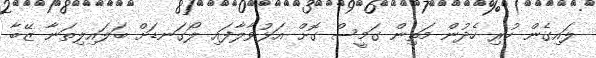
ލައިގެން ހުރި ހެދުން މަތިން ގަމީސް ގޮށް އަޅުވާލާފައި ލޯގަނޑަށް ބަލައިލިތަނާ ޒޭބާ